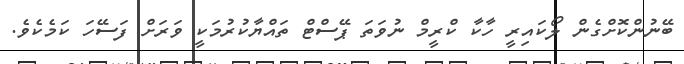
ބޭނުންކޮށްގެން ލޯކައިރީ ހާކާ ކްރީމް ނުވަތަ ޕޭސްޓް ތައްޔާކުރުމަކީ ވަރަށް ފަސޭހަ ކަމެކެވެ.